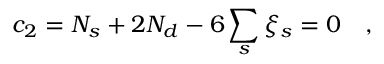
c _ { 2 } = N _ { s } + 2 N _ { d } - 6 \sum _ { s } \xi _ { s } = 0 ~ ~ ~ ,